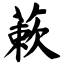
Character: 蔌